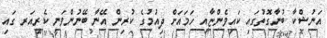
އަނުޝްކާ ބުނާގޮތުގައި ކައިވެންޏާއި ހަމައަށް ދިއުމުގެ ކުރިން އޭނާ ބޭނުންވަނީ ކެރިއަރ ގައި